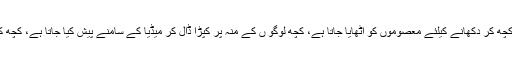
دباﺅ بڑھتا ہے، نوکریاں بچانے اور کچھ کر دکھانے کیلئے معصوموں کو اٹھایا جاتا ہے، کچھ لوگو ں کے منہ پر کپڑا ڈال کر میڈیا کے سامنے پیش کیا جاتا ہے، کچھ کو پولیس مقابلے میں ماردیا جاتا ہے۔